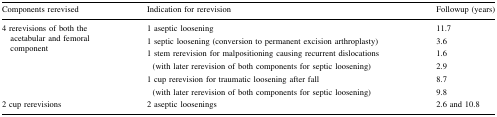
<table><thead><tr><td><b>Components rerevised</b></td><td><b>Indication for rerevision</b></td><td><b>Followup (years)</b></td></tr></thead><tbody><tr><td rowspan="6">4 rerevisions of both the acetabular and femoral component</td><td>1 aseptic loosening</td><td>11.7</td></tr><tr><td>1 septic loosening (conversion to permanent excision arthroplasty)</td><td>3.6</td></tr><tr><td>1 stem rerevision for malpositioning causing recurrent dislocations</td><td>1.6</td></tr><tr><td> (with later rerevision of both components for septic loosening)</td><td>2.9</td></tr><tr><td>1 cup rerevision for traumatic loosening after fall</td><td>8.7</td></tr><tr><td> (with later rerevision of both components for septic loosening)</td><td>9.8</td></tr><tr><td>2 cup rerevisions</td><td>2 aseptic loosenings</td><td>2.6 and 10.8</td></tr></tbody></table>